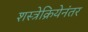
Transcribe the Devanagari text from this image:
शस्त्रेक्रियेनंतर